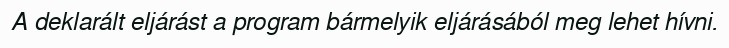
A deklarált eljárást a program bármelyik eljárásából meg lehet hívni.